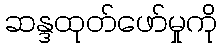
ဆန္ဒထုတ်ဖော်မှုကို